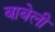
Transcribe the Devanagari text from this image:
बाबेली